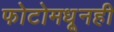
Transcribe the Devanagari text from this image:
फोटोमधूनही